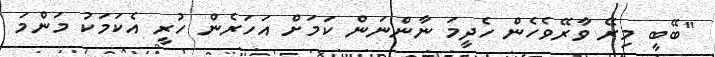
"ބޭބީ މިރޭ ވާރޭވެހެން ހެދީމަ ނާންނަން ކަމަށް އަހަރެން ހުރީ އެކަމަކު މަންމަ